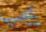
يجب